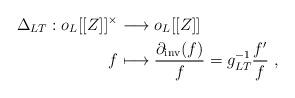
LaTeX: \begin{align*} \Delta_{LT} : o_L[[Z]]^\times & \longrightarrow o_L[[Z]] \\ f & \longmapsto \frac{\partial_{\mathrm{inv}}(f)}{f} = g_{LT}^{-1} \frac{f'}{f} \ ,\end{align*}